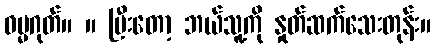
ဓမ္မဂုတ်။ ။ ပြီးတော့ ဘယ်သူ့ကို နှုတ်ဆက်သေးတုန်း။